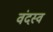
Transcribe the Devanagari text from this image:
वंदस्व